Document type: Clause in a will
Year: 1320
Scribe: Francesc de Torre
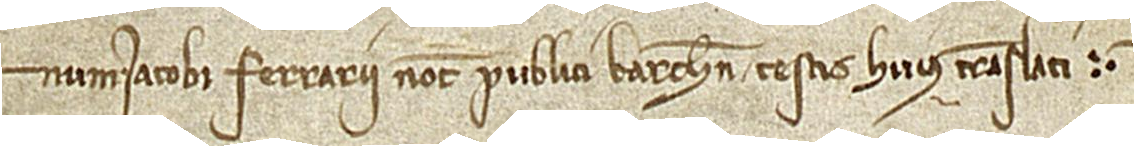
num Iacobi Ferrarii, notarii publici Barchinone, testis huius translati.